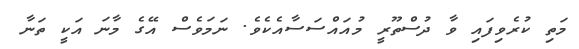
މަތި ކުރެވިފައި ވާ ދުސްތޫރީ މުއައްސަސާއެކެވެ. ނަމަވެސް އޭގެ މާނަ އަކީ ތަނާ